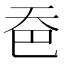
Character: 𪥉